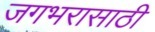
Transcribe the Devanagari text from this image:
जगभरासाठी